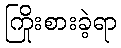
ကြိုးစားခဲ့ရာ